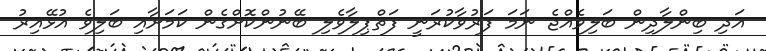
އަދި ބިންލާދިން ބަލިވެއްޖެ ނަމަ ފަރުވާކުރަނީ ފަތްޕިލާވެލި ބޭނުންކޮށްގެން ކަމަށާއި ބަލިވެ އުޅޭއިރު